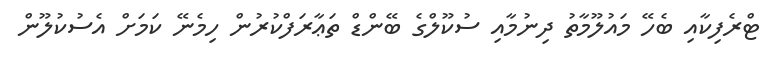
ޓްރެފިކާއި ބެހޭ މައުލޫމާތު ދިނުމާއި ސުކޫލްގެ ބޭންޑް ތަޢާރަފްކުރުން ހިމެނޭ ކަމަށް އެސުކުލޫން